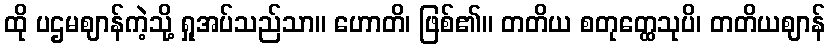
ထို ပဌမဈာန်ကဲ့သို့ ရှုအပ်သည်သာ။ ဟောတိ၊ ဖြစ်၏။ တတိယ စတုတ္ထေသုပိ၊ တတိယဈာန်